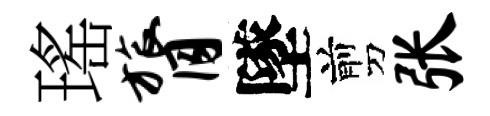
瑤膂墜剪张